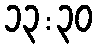
၁၃:၃၀